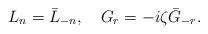
LaTeX: \begin{align*}L_n=\bar{L}_{-n},~~~ G_r=-i\zeta\bar{G}_{-r}.\end{align*}